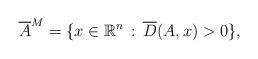
LaTeX: \begin{align*} \overline{A}^M = \{x \in \mathbb R^n \,:\, \overline{D}(A,x) > 0\}, \end{align*}